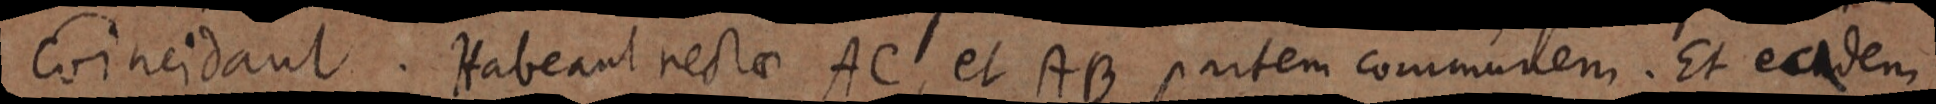
coincidant. Habeant rectae AC, et AB partem communem. Et eadem